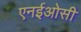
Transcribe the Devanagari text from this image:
एनईओसी